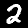
Digit: 2